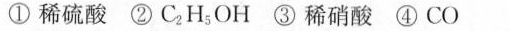
①稀硫酸②C_{2}H_{5}OH③稀硝酸④CO